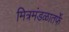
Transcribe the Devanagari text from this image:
मित्रमंडळातर्फे